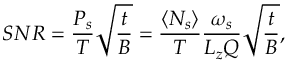
S N R = \frac { P _ { s } } { T } \sqrt { \frac { t } { B } } = \frac { \langle N _ { s } \rangle } { T } \frac { \omega _ { s } } { L _ { z } Q } \sqrt { \frac { t } { B } } ,